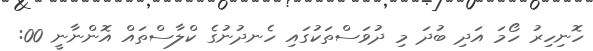
ހޮނިހިރު ހޯމަ އަދި ބުދަ މި ދުވަސްތަކުގައި ހެނދުނުގެ ކްލާސްތައް އޮންނާނީ 00: